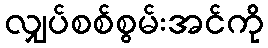
လျှပ်စစ်စွမ်းအင်ကို